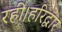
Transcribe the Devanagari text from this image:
रही।हरिद्वार